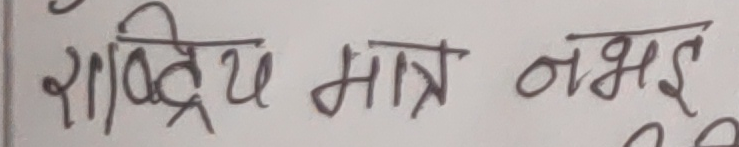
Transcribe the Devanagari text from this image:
राष्ट्रिय मात्र नभई